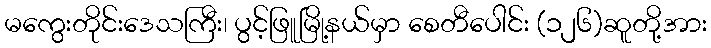
မကွေးတိုင်းဒေသကြီး၊ ပွင့်ဖြူမြို့နယ်မှာ စေတီပေါင်း (၁၂၆)ဆူတို့အား